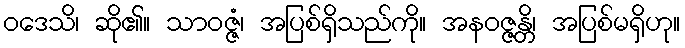
ဝဒေသိ၊ ဆို၏။ သာဝဇ္ဇံ၊ အပြစ်ရှိသည်ကို။ အနဝဇ္ဇန္တိ၊ အပြစ်မရှိဟု။